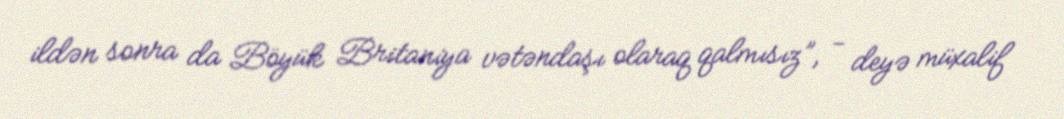
ildən sonra da Böyük Britaniya vətəndaşı olaraq qalmısız”, - deyə müxalif